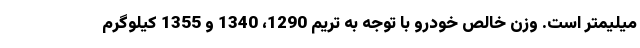
میلیمتر است. وزن خالص خودرو با توجه به تریم 1290، 1340 و 1355 کیلوگرم